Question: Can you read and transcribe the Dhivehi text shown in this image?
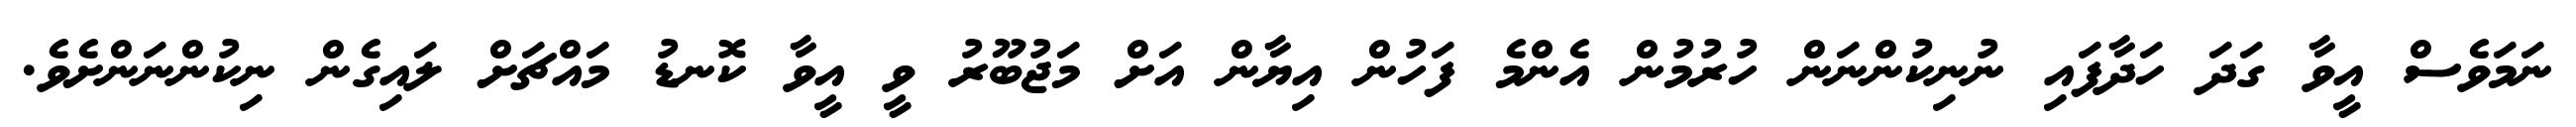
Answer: ނަމަވެސް އީވާ ގަދަ ހަދާފައި ނުނިކުންނަން ހުރުމުން އެންމެ ފަހުން އިޔާން އަށް މަޖުބޫރު ވީ އީވާ ކޮނޑު މައްޗަށް ލައިގެން ނިކުންނަންށެވެ.